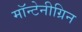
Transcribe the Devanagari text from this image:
मॉन्टेनीग्रिन